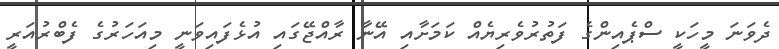
ދެވަނަ މީހަކީ ސްޕެއިންގެ ފަތުރުވެރިޔެއް ކަމަށާއި އޭނާ ރާއްޖޭގައި އުޅެފައިވަނީ މިއަހަރުގެ ފެބްރުއަރީ